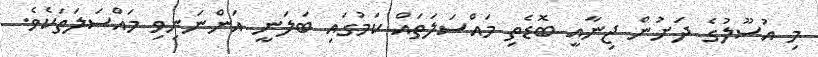
މި އުސޫލުގެ ދަށުން ޖިނާއީ ބޮޑެތި މައްސަލަތައް ކަމުގައި ބަލަނީ އަންނަނިވި މައްސަލަތަކެވެ.